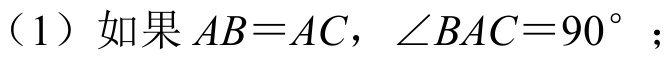
（1）如果 \(AB = AC\)，\(\angle BAC = 90^{\circ}\)；